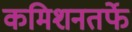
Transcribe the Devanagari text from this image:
कमिशनतर्फे